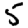
Digit: 5